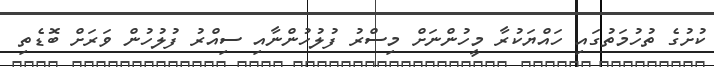
ކުށުގެ ތުހުމަތުގައި ހައްޔަކުރާ މީހުންނަށް މިސްރު ފުލުހުންނާއި ސިއްރު ފުލުހުން ވަރަށް ބޮޑެތި